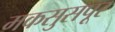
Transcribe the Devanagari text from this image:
मकसुसपूर